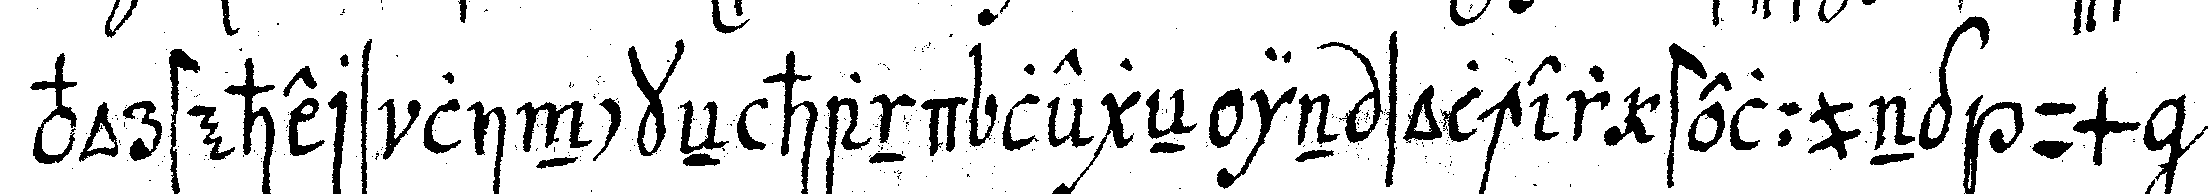
vorstehers linckeN hand legeN in solcher stellung um